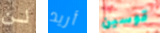
لن أريد قوسين